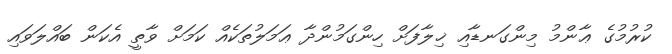
ކުރުމުގެ ޢާންމު މިންގަނޑާއި ޚިލާފަށް ހިންގަމުންދާ ޢަމަލުތަކެއް ކަމަށް ވާތީ އެކަން ބައްލަވައި